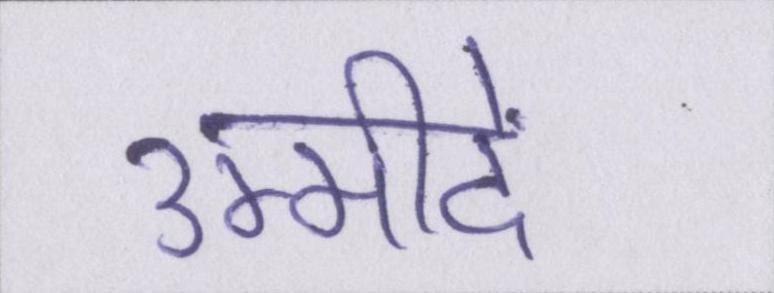
उम्मीदें